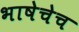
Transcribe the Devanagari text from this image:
भाषेचेच